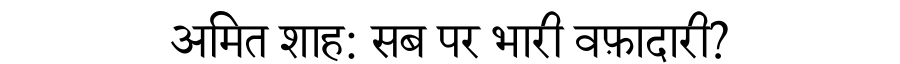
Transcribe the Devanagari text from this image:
अमित शाह: सब पर भारी वफ़ादारी?